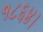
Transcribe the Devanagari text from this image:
१८६४।